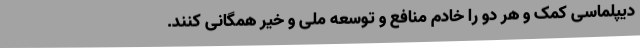
دیپلماسی کمک و هر دو را خادم منافع و توسعهٔ ملی و خیر همگانی کنند.